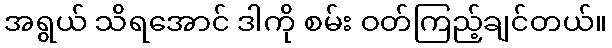
အရွယ် သိရအောင် ဒါကို စမ်း ဝတ်ကြည့်ချင်တယ်။